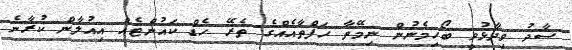
ސާދު ވިދާޅުވީ ބޯހިމެނުން ނިމޭތާ ހަފްތާއެއްގެ ތެރޭ ހެޑް ކައުންޓެއް އިއުލާން ކުރާނެ